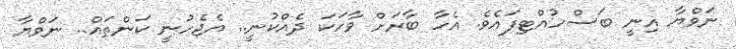
ނަވްޔާ އިނީ ބަސްހުއްޓިފައެވެ. އެހާ ބާރަށް ވާހަކަ ދެއްކުނީ.. އެޖެހުނީ ކަންތައް.. ނަވްޔާ